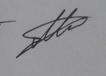
Signature authenticity: genuine